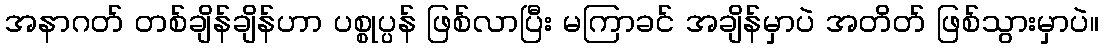
အနာဂတ် တစ်ချိန်ချိန်ဟာ ပစ္စုပ္ပန် ဖြစ်လာပြီး မကြာခင် အချိန်မှာပဲ အတိတ် ဖြစ်သွားမှာပဲ။